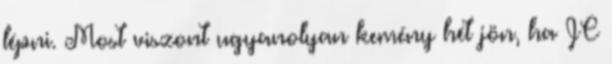
lépni. Most viszont ugyanolyan kemény hét jön, ha JC